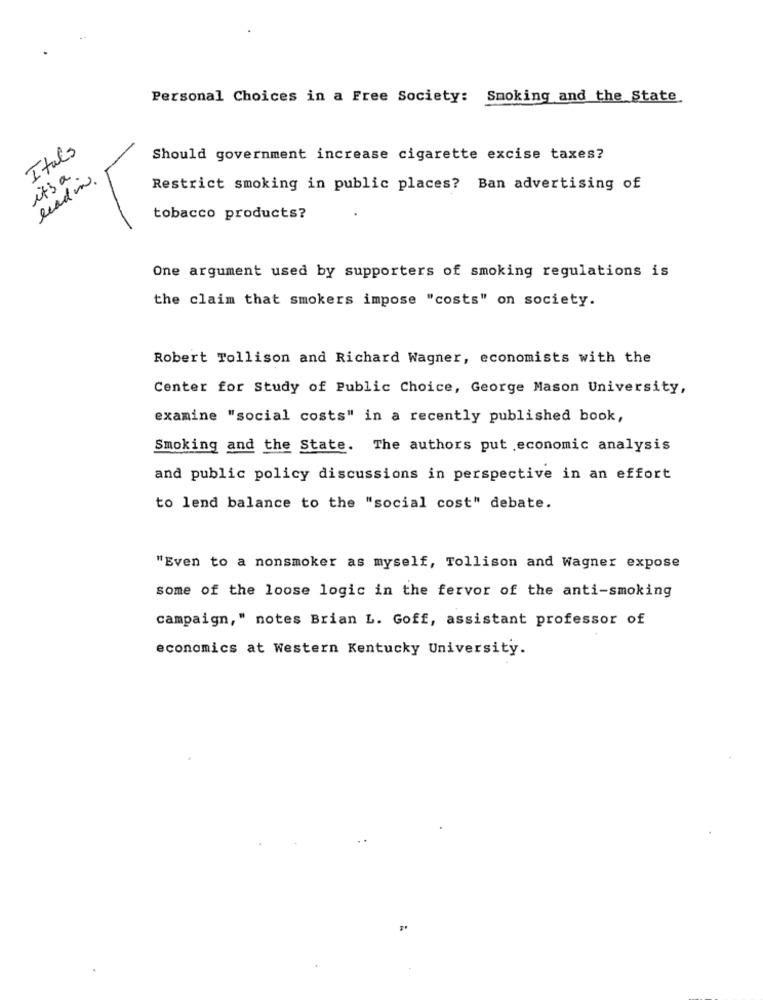
Personal Choices in a Free Society: Smoking and the State
Itals
Should government increase cigarette excise taxes?
it's a
lead in.
Restrict smoking in public places? Ban advertising of
tobacco products?
One argument used by supporters of smoking regulations is
the claim that smokers impose "costs" on society.
Robert Tollison and Richard Wagner, economists with the
Center for Study of Public Choice, George Mason University,
examine "social costs" in a recently published book,
Smoking and the State. The authors put economic analysis
and public policy discussions in perspective in an effort
to lend balance to the "social cost" debate.
"Even to a nonsmoker as myself, Tollison and Wagner expose
some of the loose logic in the fervor of the anti-smoking
campaign," notes Brian L. Goff, assistant professor of
economics at Western Kentucky University.